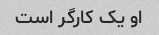
او یک کارگر است